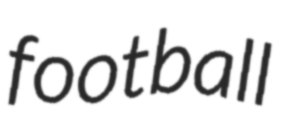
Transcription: football